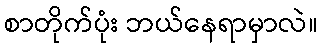
စာတိုက်ပုံး ဘယ်နေရာမှာလဲ။